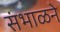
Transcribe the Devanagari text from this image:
संभाळने